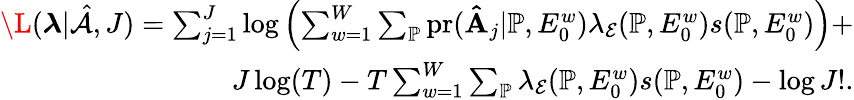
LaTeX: \begin{array}{r}{\L(\boldsymbol{\lambda}|\hat{\mathcal{A}},J)=\sum_{j=1}^{J}\log\left(\sum_{w=1}^{W}\sum_{\mathbb{P}}\mathrm{pr}(\mathbf{\hat{A}}_{j}|\mathbb{P},E_{0}^{w})\lambda_{\mathcal{E}}({\mathbb{P}},E_{0}^{w})s(\mathbb{P},E_{0}^{w})\right)+}\\ {J\log(T)-T\sum_{w=1}^{W}\sum_{\mathbb{P}}\lambda_{\mathcal{E}}({\mathbb{P}},E_{0}^{w})s(\mathbb{P},E_{0}^{w})-\log J!.}\end{array}